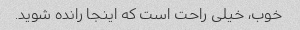
خوب، خیلی راحت است که اینجا رانده شوید.